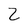
Character: Z